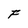
Character: F